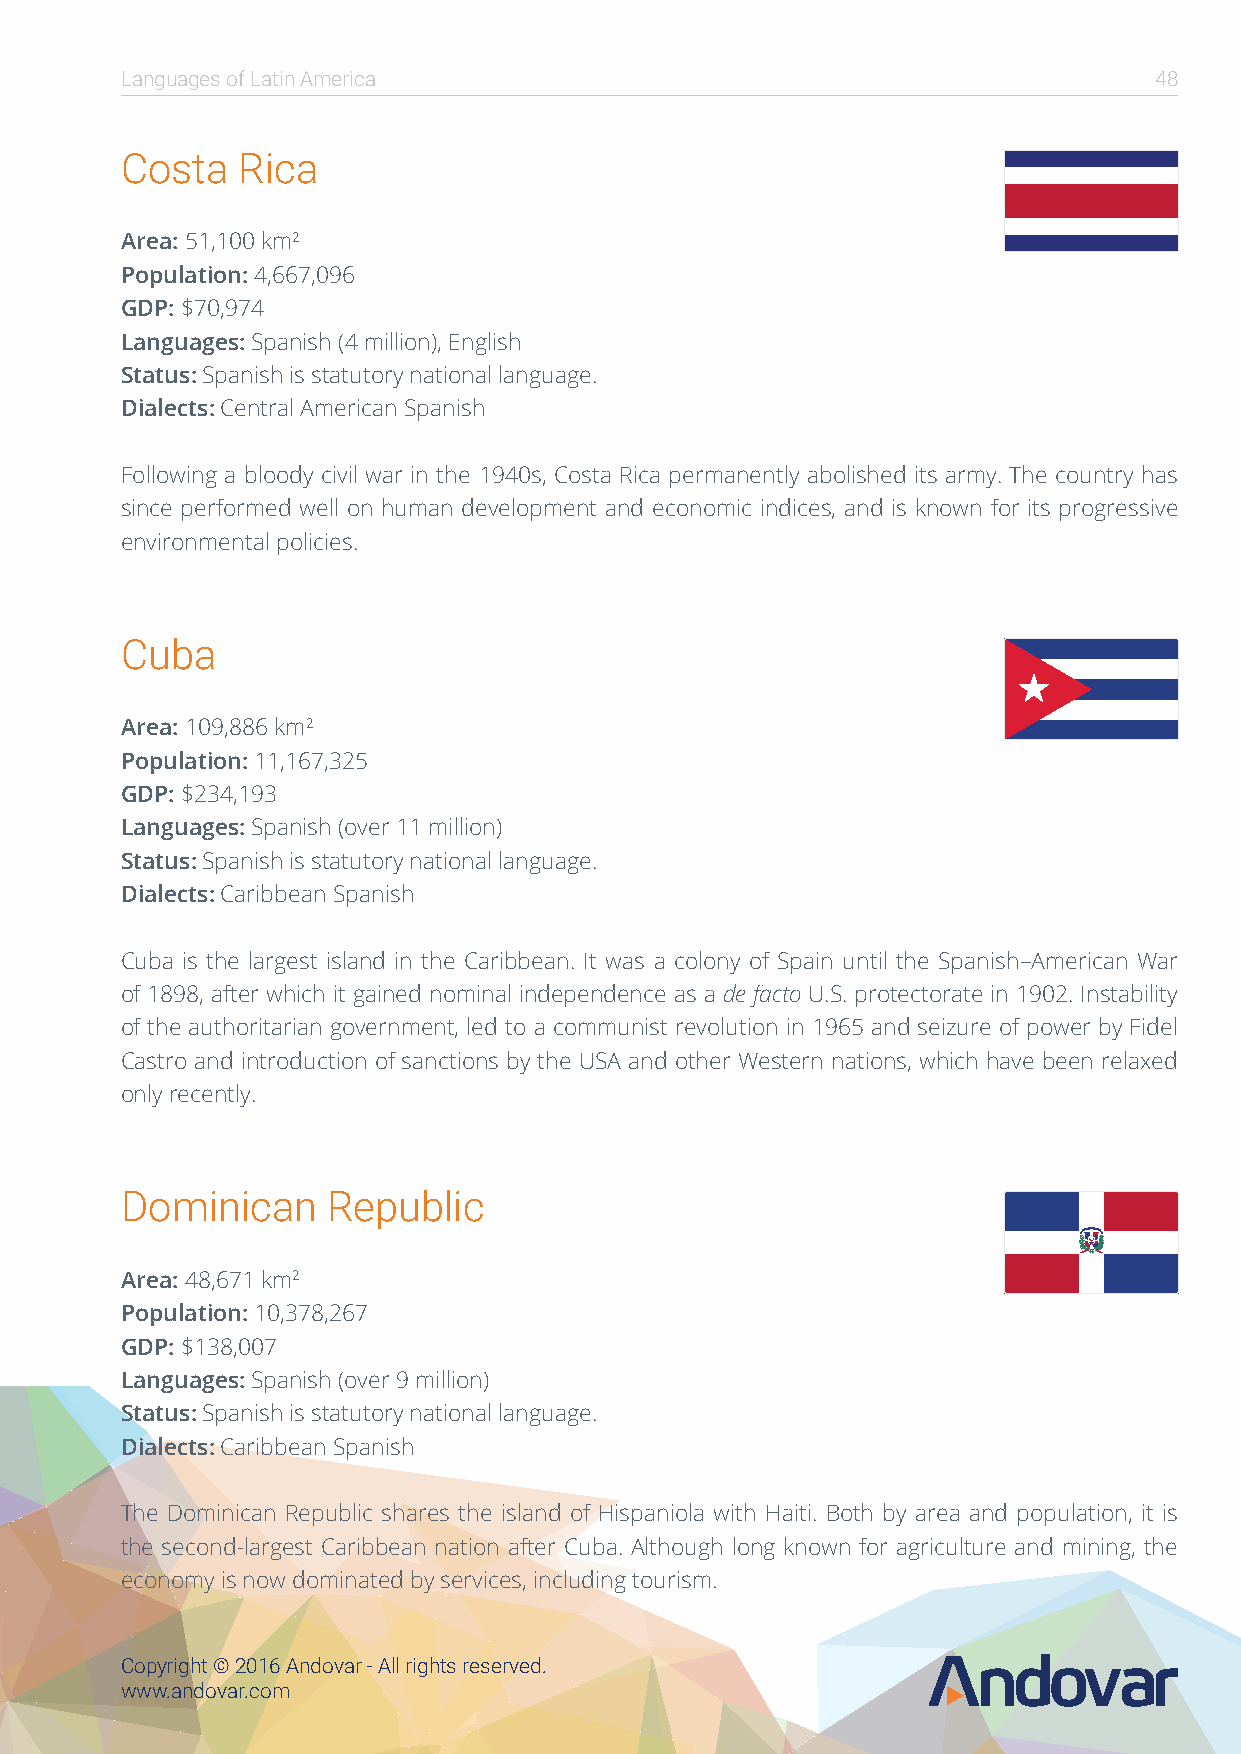
Languages of Latin America                                          48
 Costa   Rica
 Area: 51,100 km2
 Population: 4,667,096
 GDP: $70,974
 Languages: Spanish (4 million), English
 Status: Spanish is statutory national language.
 Dialects: Central American Spanish
 Following a bloody civil war in the 1940s, Costa Rica permanently abolished its army. The country has
 since performed well on human development and economic indices, and is known for its progressive
 environmental policies.
 Cuba
 Area: 109,886 km2
 Population: 11,167,325
 GDP: $234,193
 Languages: Spanish (over 11 million)
 Status: Spanish is statutory national language.
 Dialects: Caribbean Spanish
 Cuba is the largest island in the Caribbean. It was a colony of Spain until the Spanish–American War
 of 1898, after which it gained nominal independence as a de facto U.S. protectorate in 1902. Instability
 of the authoritarian government, led to a communist revolution in 1965 and seizure of power by Fidel
 Castro and introduction of sanctions by the USA and other Western nations, which have been relaxed
 only recently.
 Dominican     Republic
 Area: 48,671 km2
 Population: 10,378,267
 GDP: $138,007
 Languages: Spanish (over 9 million)
 Status: Spanish is statutory national language.
 Dialects: Caribbean Spanish
 The Dominican Republic shares the island of Hispaniola with Haiti. Both by area and population, it is
 the second-largest Caribbean nation after Cuba. Although long known for agriculture and mining, the
 economy is now dominated by services, including tourism.
 Copyright © 2016 Andovar - All rights reserved.
 www.andovar.com